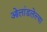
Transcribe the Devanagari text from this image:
ओलांडलेल्या